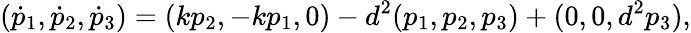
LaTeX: (\dot{p}_{1},\dot{p}_{2},\dot{p}_{3})=(kp_{2},-kp_{1},0)-d^{2}(p_{1},p_{2},p_{3})+(0,0,d^{2}p_{3}),